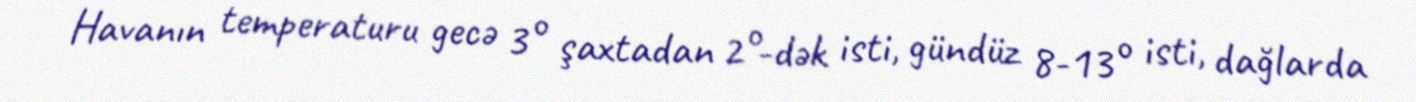
Havanın temperaturu gecə 3° şaxtadan 2°-dək isti, gündüz 8-13° isti, dağlarda